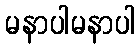
မနာပါမနာပါ